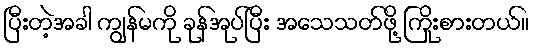
ပြီးတဲ့အခါ ကျွန်မကို ခုန်အုပ်ပြီး အသေသတ်ဖို့ ကြိုးစားတယ်။